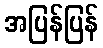
အပြန်ပြန်